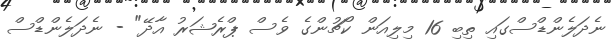
ނެދަލެންޑްސްގައި ތިބި 16 މިލިއަން ކޯޗުންގެ ވެސް ޕްރެޝަރު އާދޭ" - ނެދަލެންޑްސް